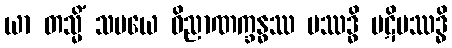
ယာ တသ္မိံ သမယေ ဝိညာဏက္ခန္ဓဿ ပဿဒ္ဓိ ပဋိပဿဒ္ဓိ